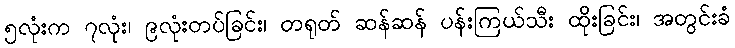
၅လုံးက ၇လုံး၊ ၉လုံးတပ်ခြင်း၊ တရုတ် ဆန်ဆန် ပန်းကြယ်သီး ထိုးခြင်း၊ အတွင်းခံ